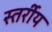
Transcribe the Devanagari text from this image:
स्तर्रीय